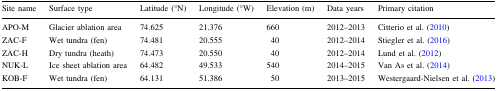
<table><thead><tr><td><b>Site name</b></td><td><b>Surface type</b></td><td><b>Latitude (°N)</b></td><td><b>Longitude (°W)</b></td><td><b>Elevation (m)</b></td><td><b>Data years</b></td><td><b>Primary citation</b></td></tr></thead><tbody><tr><td>APO-M</td><td>Glacier ablation area</td><td>74.625</td><td>21.376</td><td>660</td><td>2012–2013</td><td>Citterio et al. (2010)</td></tr><tr><td>ZAC-F</td><td>Wet tundra (fen)</td><td>74.481</td><td>20.555</td><td>40</td><td>2012–2014</td><td>Stiegler et al. (2016)</td></tr><tr><td>ZAC-H</td><td>Dry tundra (heath)</td><td>74.473</td><td>20.550</td><td>40</td><td>2012–2014</td><td>Lund et al. (2012)</td></tr><tr><td>NUK-L</td><td>Ice sheet ablation area</td><td>64.482</td><td>49.533</td><td>540</td><td>2014–2015</td><td>Van As et al. (2014)</td></tr><tr><td>KOB-F</td><td>Wet tundra (fen)</td><td>64.131</td><td>51.386</td><td>50</td><td>2013–2015</td><td>Westergaard-Nielsen et al. (2013)</td></tr></tbody></table>